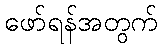
ဖော်ရန်အတွက်